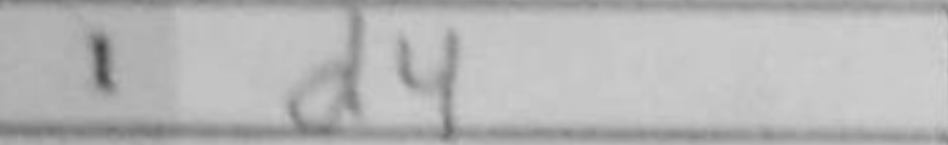
Transcription: d4